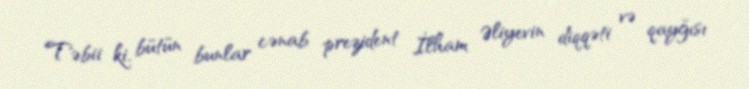
Təbii ki, bütün bunlar cənab prezident İlham Əliyevin diqqəti və qayğısı